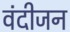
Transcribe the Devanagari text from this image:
वंदीजन